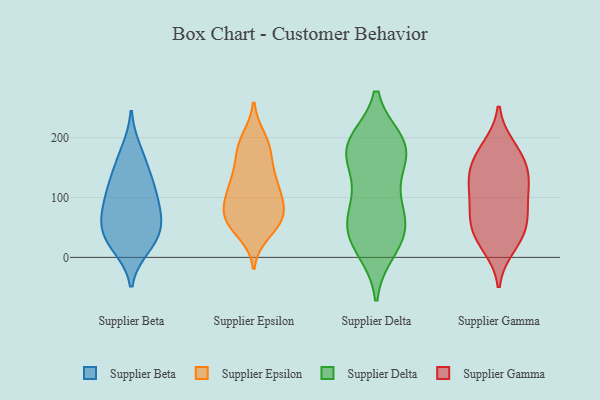
{"axis": {"x": "Tickets Resolved", "y": "Value"}, "legend": ["Supplier Beta", "Supplier Delta", "Supplier Epsilon", "Supplier Gamma"], "data": [{"x": "", "y": 158, "type": "Supplier Beta"}, {"x": "", "y": 128, "type": "Supplier Beta"}, {"x": "", "y": 50, "type": "Supplier Beta"}, {"x": "", "y": 84, "type": "Supplier Beta"}, {"x": "", "y": 17, "type": "Supplier Beta"}, {"x": "", "y": 179, "type": "Supplier Beta"}, {"x": "", "y": 31, "type": "Supplier Beta"}, {"x": "", "y": 52, "type": "Supplier Beta"}, {"x": "", "y": 65, "type": "Supplier Beta"}, {"x": "", "y": 82, "type": "Supplier Beta"}, {"x": "", "y": 23, "type": "Supplier Beta"}, {"x": "", "y": 111, "type": "Supplier Beta"}, {"x": "", "y": 119, "type": "Supplier Beta"}, {"x": "", "y": 105, "type": "Supplier Epsilon"}, {"x": "", "y": 89, "type": "Supplier Epsilon"}, {"x": "", "y": 196, "type": "Supplier Epsilon"}, {"x": "", "y": 61, "type": "Supplier Epsilon"}, {"x": "", "y": 66, "type": "Supplier Epsilon"}, {"x": "", "y": 199, "type": "Supplier Epsilon"}, {"x": "", "y": 62, "type": "Supplier Epsilon"}, {"x": "", "y": 119, "type": "Supplier Epsilon"}, {"x": "", "y": 183, "type": "Supplier Epsilon"}, {"x": "", "y": 171, "type": "Supplier Epsilon"}, {"x": "", "y": 133, "type": "Supplier Epsilon"}, {"x": "", "y": 88, "type": "Supplier Epsilon"}, {"x": "", "y": 131, "type": "Supplier Epsilon"}, {"x": "", "y": 128, "type": "Supplier Epsilon"}, {"x": "", "y": 40, "type": "Supplier Epsilon"}, {"x": "", "y": 98, "type": "Supplier Epsilon"}, {"x": "", "y": 52, "type": "Supplier Epsilon"}, {"x": "", "y": 167, "type": "Supplier Epsilon"}, {"x": "", "y": 60, "type": "Supplier Epsilon"}, {"x": "", "y": 72, "type": "Supplier Epsilon"}, {"x": "", "y": 174, "type": "Supplier Delta"}, {"x": "", "y": 132, "type": "Supplier Delta"}, {"x": "", "y": 184, "type": "Supplier Delta"}, {"x": "", "y": 11, "type": "Supplier Delta"}, {"x": "", "y": 41, "type": "Supplier Delta"}, {"x": "", "y": 194, "type": "Supplier Delta"}, {"x": "", "y": 164, "type": "Supplier Delta"}, {"x": "", "y": 57, "type": "Supplier Delta"}, {"x": "", "y": 17, "type": "Supplier Delta"}, {"x": "", "y": 111, "type": "Supplier Delta"}, {"x": "", "y": 184, "type": "Supplier Delta"}, {"x": "", "y": 188, "type": "Supplier Delta"}, {"x": "", "y": 32, "type": "Supplier Delta"}, {"x": "", "y": 58, "type": "Supplier Delta"}, {"x": "", "y": 194, "type": "Supplier Delta"}, {"x": "", "y": 71, "type": "Supplier Delta"}, {"x": "", "y": 78, "type": "Supplier Delta"}, {"x": "", "y": 127, "type": "Supplier Gamma"}, {"x": "", "y": 119, "type": "Supplier Gamma"}, {"x": "", "y": 160, "type": "Supplier Gamma"}, {"x": "", "y": 134, "type": "Supplier Gamma"}, {"x": "", "y": 178, "type": "Supplier Gamma"}, {"x": "", "y": 152, "type": "Supplier Gamma"}, {"x": "", "y": 61, "type": "Supplier Gamma"}, {"x": "", "y": 18, "type": "Supplier Gamma"}, {"x": "", "y": 111, "type": "Supplier Gamma"}, {"x": "", "y": 37, "type": "Supplier Gamma"}, {"x": "", "y": 77, "type": "Supplier Gamma"}, {"x": "", "y": 80, "type": "Supplier Gamma"}, {"x": "", "y": 57, "type": "Supplier Gamma"}, {"x": "", "y": 29, "type": "Supplier Gamma"}, {"x": "", "y": 184, "type": "Supplier Gamma"}]}